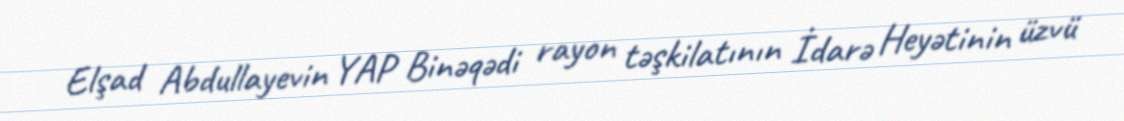
Elşad Abdullayevin YAP Binəqədi rayon təşkilatının İdarə Heyətinin üzvü